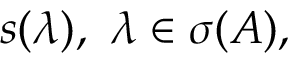
s ( \lambda ) , \, \, \lambda \in \sigma ( A ) ,